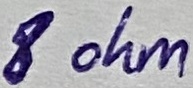
Text: 8 ohm